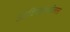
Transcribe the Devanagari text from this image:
आविष्कारशीलता